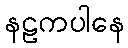
နဠကပါနေ